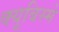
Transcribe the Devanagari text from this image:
क्यूबिस्मे